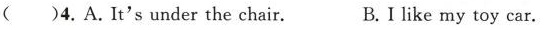
( )4.A.It'sunder the chair. B.I like my toy car.